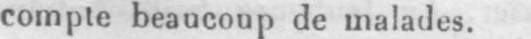
compte beaucoup de malades.